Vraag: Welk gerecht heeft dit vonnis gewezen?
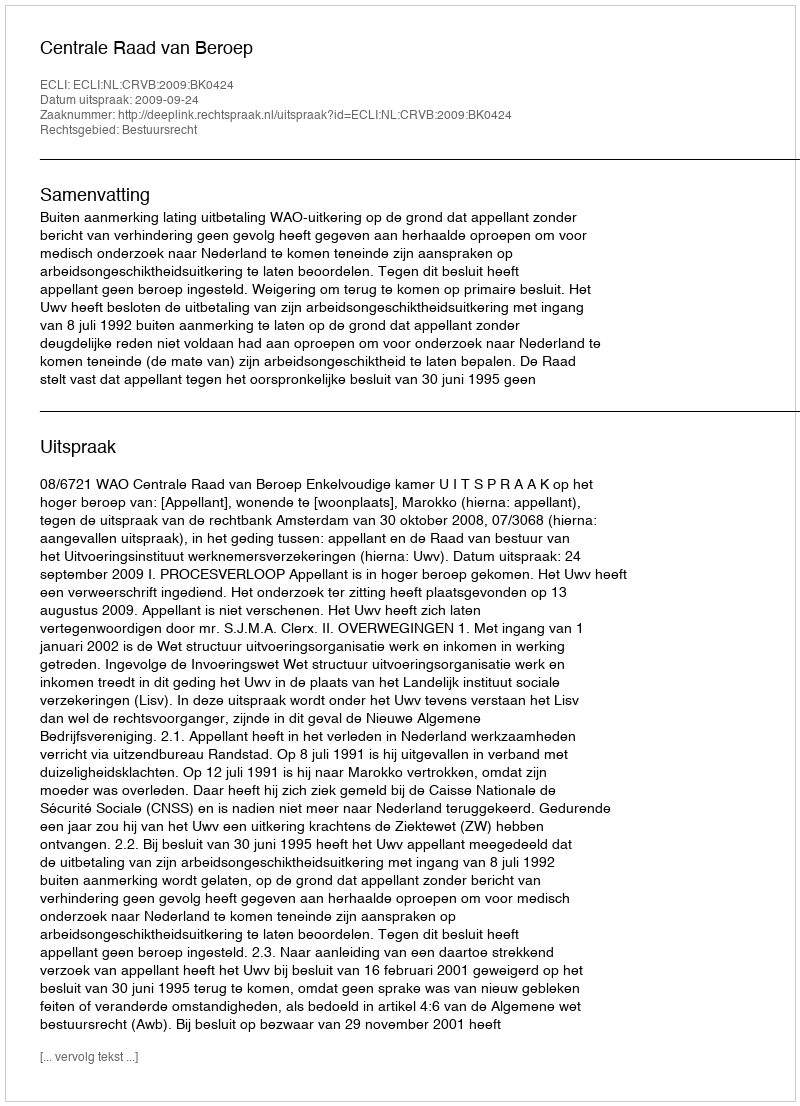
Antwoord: Centrale Raad van Beroep